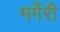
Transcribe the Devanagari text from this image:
मर्गेरी